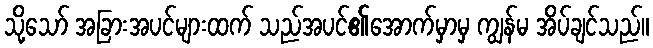
သို့သော် အခြားအပင်များထက် သည်အပင်၏အောက်မှာမှ ကျွန်မ အိပ်ချင်သည်။